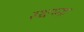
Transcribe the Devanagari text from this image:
स्थप्ना